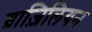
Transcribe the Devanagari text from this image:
ब्राज़िलियन